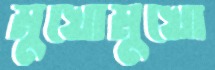
মুখোমুখো